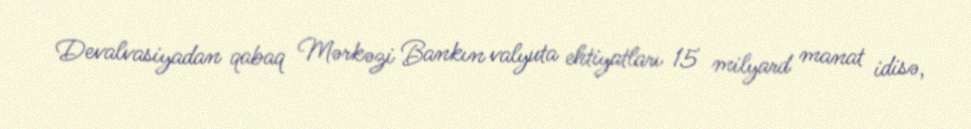
Devalvasiyadan qabaq Mərkəzi Bankın valyuta ehtiyatları 15 milyard manat idisə,